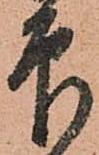
印